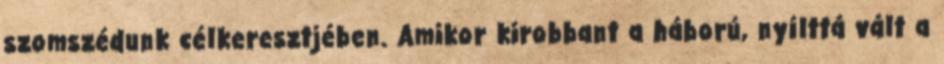
szomszédunk célkeresztjében. Amikor kirobbant a háború, nyílttá vált a